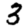
Digit: 3